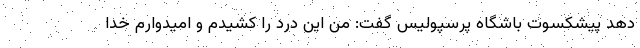
دهد پیشکسوت باشگاه پرسپولیس گفت: من این درد را کشیدم و امیدوارم خدا